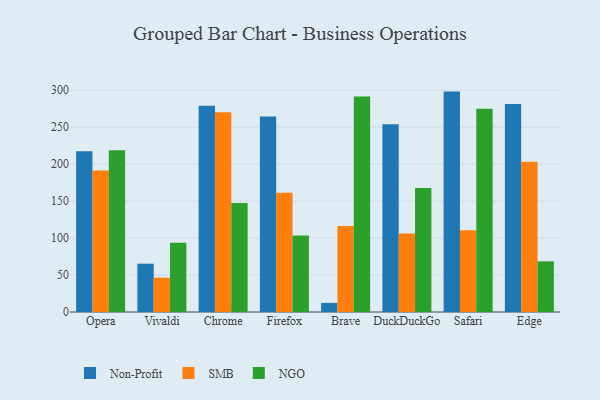
{"axis": {"x": "Browser", "y": "Population (Million)"}, "legend": ["NGO", "Non-Profit", "SMB"], "data": [{"x": "Opera", "y": 217.5, "type": "Non-Profit"}, {"x": "Opera", "y": 191.3, "type": "SMB"}, {"x": "Opera", "y": 218.7, "type": "NGO"}, {"x": "Vivaldi", "y": 65.3, "type": "Non-Profit"}, {"x": "Vivaldi", "y": 46.4, "type": "SMB"}, {"x": "Vivaldi", "y": 93.6, "type": "NGO"}, {"x": "Chrome", "y": 278.9, "type": "Non-Profit"}, {"x": "Chrome", "y": 270.2, "type": "SMB"}, {"x": "Chrome", "y": 147.3, "type": "NGO"}, {"x": "Firefox", "y": 264.3, "type": "Non-Profit"}, {"x": "Firefox", "y": 161.3, "type": "SMB"}, {"x": "Firefox", "y": 103.5, "type": "NGO"}, {"x": "Brave", "y": 12.3, "type": "Non-Profit"}, {"x": "Brave", "y": 116.3, "type": "SMB"}, {"x": "Brave", "y": 291.4, "type": "NGO"}, {"x": "DuckDuckGo", "y": 253.7, "type": "Non-Profit"}, {"x": "DuckDuckGo", "y": 106.2, "type": "SMB"}, {"x": "DuckDuckGo", "y": 167.6, "type": "NGO"}, {"x": "Safari", "y": 298.0, "type": "Non-Profit"}, {"x": "Safari", "y": 110.7, "type": "SMB"}, {"x": "Safari", "y": 274.8, "type": "NGO"}, {"x": "Edge", "y": 281.2, "type": "Non-Profit"}, {"x": "Edge", "y": 203.3, "type": "SMB"}, {"x": "Edge", "y": 68.5, "type": "NGO"}]}